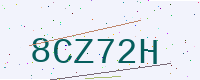
Text: 8CZ72H